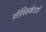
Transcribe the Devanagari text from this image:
पॉलिशर्कराओं